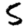
Digit: 5